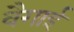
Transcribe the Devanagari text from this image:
वैगाई